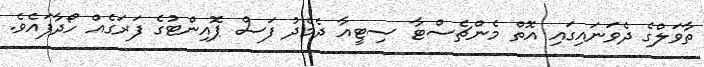
ތާވަލްގެ ދެވަނައިގައި އޮތް މެންޗެސްޓާ ސިޓީއާ ދެމެދު ފަސް ޕޮއިންޓުގެ ފަރަގެއް ހޯދާފައެވެ.